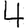
Digit: 4